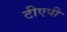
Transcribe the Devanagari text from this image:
टीएपी